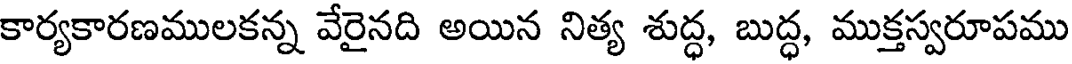
కార్యకారణములకన్న వేరైనది అయిన నిత్య శుద్ధ, బుద్ధ, ముక్తస్వరూపము